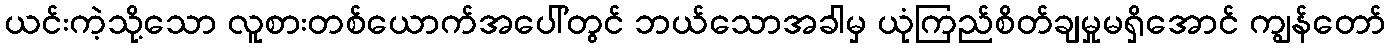
ယင်းကဲ့သို့သော လူစားတစ်ယောက်အပေါ်တွင် ဘယ်သောအခါမှ ယုံကြည်စိတ်ချမှုမရှိအောင် ကျွန်တော်